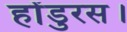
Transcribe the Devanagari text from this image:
होंडुरस।